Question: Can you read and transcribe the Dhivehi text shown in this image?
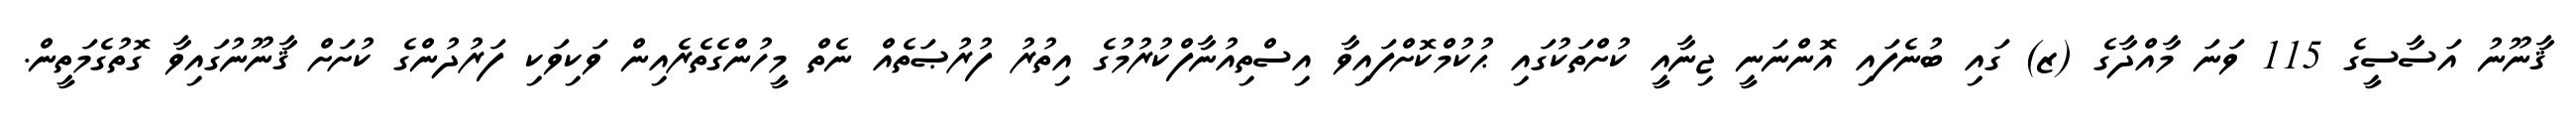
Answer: ޤާނޫނު އަސާސީގެ 115 ވަނަ މާއްދާގެ (ޒ) ގައި ބުނެފައި އޮންނަނީ ޖިނާއީ ކުށްތަކުގައި ޙުކުމްކޮށްފައިވާ އިސްތިއުނާފްކުރުމުގެ އިތުރު ފުރުޞަތެއް ނެތް މީހުންގެތެރެއިން ވަކިވަކި ފަރުދުންގެ ކުށަށް ޤާނޫނުގައިވާ ގޮތުގެމަތީން.